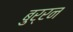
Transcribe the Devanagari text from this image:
बुर्रन